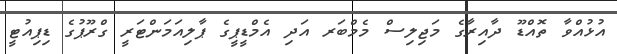
އުޅުއްވާ ތޮއްޑޫ ދާއިރާގެ މަޖިލިސް މެމްބަރ އަދި އެމްޑީޕީގެ ޕާލިއަމަންޓަރީ ގްރޫޕުގެ ޑިޕިއުޓީ